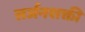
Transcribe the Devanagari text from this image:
सर्जनशक्ती